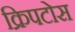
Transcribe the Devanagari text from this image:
क्रिपटोस